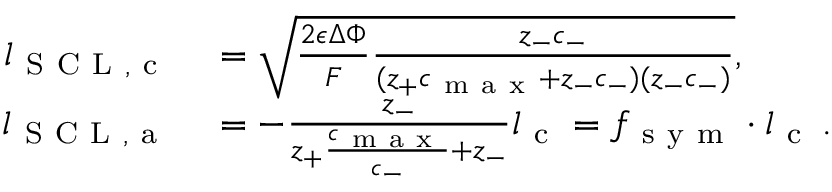
\begin{array} { r l } { l _ { \mathrm { ~ S ~ C ~ L ~ , ~ c ~ } } } & { { } = \sqrt { \frac { 2 \epsilon \Delta \Phi } { F } \frac { z _ { - } c _ { - } } { ( z _ { + } c _ { \mathrm { ~ m ~ a ~ x ~ } } + z _ { - } c _ { - } ) ( z _ { - } c _ { - } ) } } , } \\ { l _ { \mathrm { ~ S ~ C ~ L ~ , ~ a ~ } } } & { { } = - \frac { z _ { - } } { z _ { + } \frac { c _ { \mathrm { ~ m ~ a ~ x ~ } } } { c _ { - } } + z _ { - } } l _ { \mathrm { ~ c ~ } } = f _ { \mathrm { ~ s ~ y ~ m ~ } } \cdot l _ { \mathrm { ~ c ~ } } \, . } \end{array}